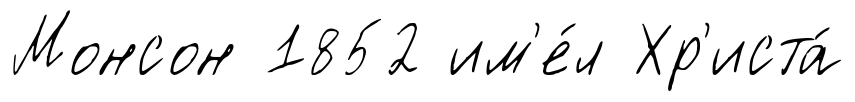
Монсон 1852 им'е́л Хр'иста́